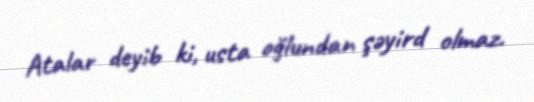
Atalar deyib ki, usta oğlundan şəyird olmaz.